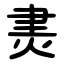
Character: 㶳